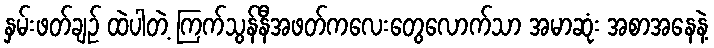
နှမ်းဖတ်ချဉ် ထဲပါတဲ့ ကြက်သွန်နီအဖတ်ကလေးတွေလောက်သာ အမာဆုံး အစာအနေနဲ့